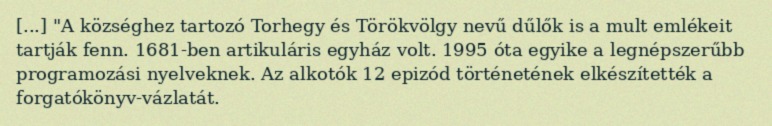
[...] "A községhez tartozó Torhegy és Törökvölgy nevű dűlők is a mult emlékeit tartják fenn. 1681-ben artikuláris egyház volt. 1995 óta egyike a legnépszerűbb programozási nyelveknek. Az alkotók 12 epizód történetének elkészítették a forgatókönyv-vázlatát.